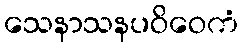
သေနာသနပဝိဝေကံ